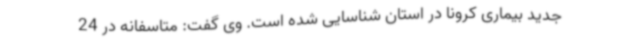
جدید بیماری کرونا در استان شناسایی شده است. وی گفت: متاسفانه در 24